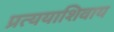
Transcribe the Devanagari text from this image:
प्रत्ययाशिवाय